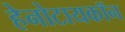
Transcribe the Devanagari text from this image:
हेनोटायकॉन